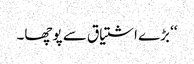
‘‘ بڑے اشتیاق سے پوچھا۔